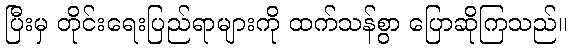
ပြီးမှ တိုင်းရေးပြည်ရာများကို ထက်သန်စွာ ပြောဆိုကြသည်။